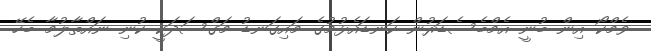
ވެމްކޯ އިން ބުނީ އެމްބެސެޑަރުން ކަނޑައެޅުމުގެ މައިގަނޑު މަގްސަދަކީ ކުނި ނައްތާލުމާ ބެހޭ